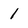
Character: 1